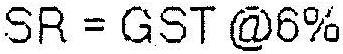
SR = GST @6%